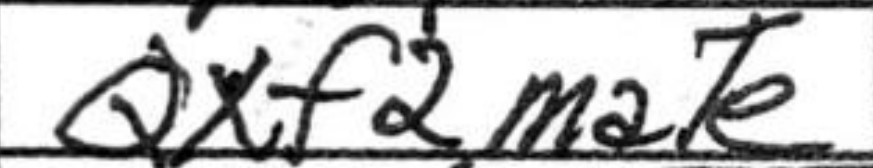
Transcription: Qxf2